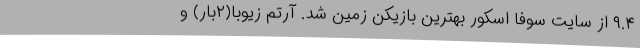
۹.۴ از سایت سوفا اسکور بهترین بازیکن زمین شد. آرتم زیوبا(۲بار) و